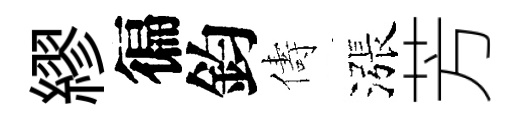
繆徧鈞儔漲芳